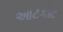
આટકોટ